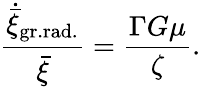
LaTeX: {\frac{\dot{\bar{\xi}}_{\mathrm{gr.rad.}}}{\bar{\xi}}}={\frac{\Gamma G\mu}{\zeta}}.